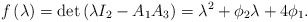
\begin{align*}f\left( \lambda \right) =\det \left( \lambda I_{2}-A_{1}A_{3}\right)=\lambda^{2}+\phi_{2}\lambda+4\phi_{1}.\end{align*}